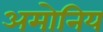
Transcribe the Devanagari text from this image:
अमोनिय